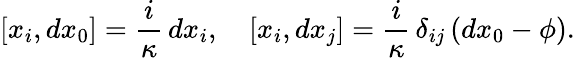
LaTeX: [x_{i},dx_{0}]=\frac i\kappa\, dx_{i},\quad[x_{i},dx_{j}]=\frac i\kappa\, \delta_{ij}\left(dx_{0}-\phi\right).